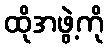
ထိုအဖွဲ့ကို